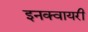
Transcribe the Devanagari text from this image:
इनक्वायरी